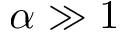
\alpha \gg 1